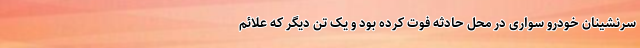
سرنشینان خودرو سواری در محل حادثه فوت کرده بود و یک تن دیگر که علائم